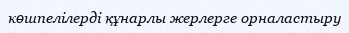
көшпелілерді құнарлы жерлерге орналастыру